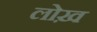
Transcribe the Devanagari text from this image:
लोख़